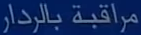
مراقبة بالرادار